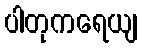
ပါတုကရေယျ